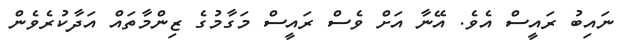
ނައިބު ރައީސް އެވެ. އޭނާ އަށް ވެސް ރައީސް މަގާމުގެ ޒިންމާތައް އަދާކުރެވެން